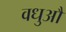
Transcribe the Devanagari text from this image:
वधुऔ